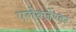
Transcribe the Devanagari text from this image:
एलेक्ज़ेण्डर